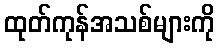
ထုတ်ကုန်အသစ်များကို